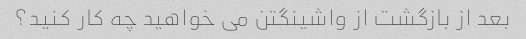
بعد از بازگشت از واشینگتن می خواهید چه کار کنید؟